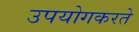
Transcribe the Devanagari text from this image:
उपयोगकरते